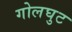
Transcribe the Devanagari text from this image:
गोलघुट